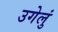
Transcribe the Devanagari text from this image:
उगेलुं